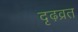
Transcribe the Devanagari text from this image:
दृढ़व्रत